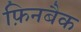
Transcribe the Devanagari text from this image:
फ़िनबैक